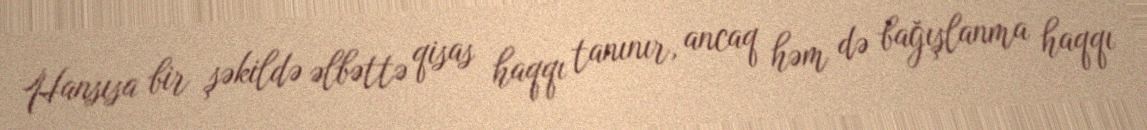
Hansısa bir şəkildə əlbəttə qisas haqqı tanınır, ancaq həm də bağışlanma haqqı